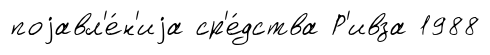
поjавл'е́н'иjа ср'е́дства Р'ивза 1988